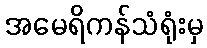
အမေရိကန်သံရုံးမှ